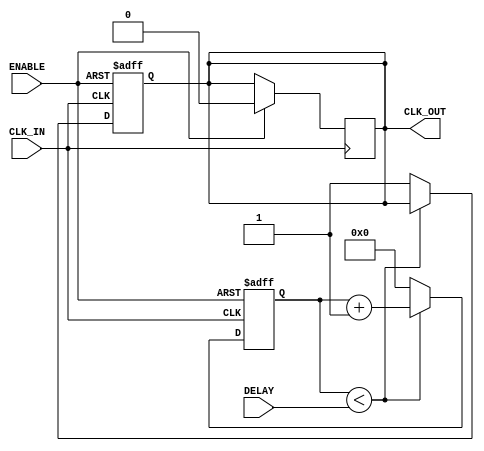
module DelayClockBuffer (
    input wire CLK_IN,        // Input clock signal
    input wire ENABLE,        // Enable signal to control the buffer
    input wire [3:0] DELAY,   // Delay control (adjustable delay setting)
    output reg CLK_OUT        // Output delayed clock signal
);

    // Parameters for simulation
    parameter DELAY_MAX = 15; // Maximum delay setting
    reg [3:0] delay_counter;   // Counter for delay implementation

    // Always block to manage the clock output based on input clock and delay settings
    always @(posedge CLK_IN or negedge ENABLE) begin
        if (~ENABLE) begin
            CLK_OUT <= 1'b0; // Output low when disabled
            delay_counter <= 0; // Reset the delay counter
        end else begin
            if (delay_counter < DELAY) begin
                delay_counter <= delay_counter + 1; // Increment delay counter
            end else begin
                CLK_OUT <= 1'b1; // Output high after delay
                delay_counter <= 0; // Reset counter after delay
            end
        end
    end

    // Reset output clock to low on negative edge of the clock input
    always @(negedge CLK_IN) begin
        if (ENABLE) begin
            CLK_OUT <= 1'b0; // Reset output clock to low
        end
    end

endmodule